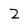
Character: 2